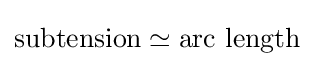
{\text{subtension}}\simeq {\text{arc length}}